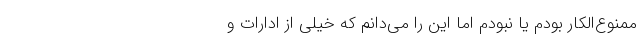
ممنوع‌الکار بودم یا نبودم اما این را می‌دانم که خیلی از ادارات و